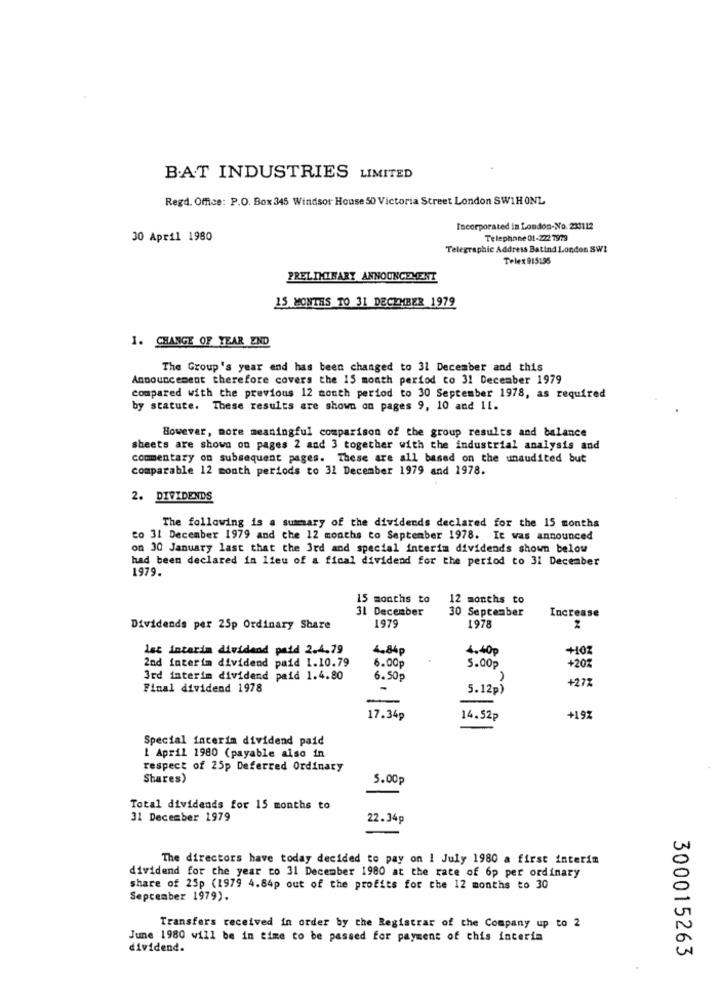
B.AT INDUSTRIES LIMITED
Regd. Office: P.O. Box 345 Windsor House 50 Victoria Street London SW1HONL
Incorporated in London-No. 230112
30 April 1980
Telephone 01-222 7979
Telegraphic Address Batind London SWI
Telex 915196
PRELIMINARY ANNOUNCEMENT
15 MONTHS TO 31 DECEMBER 1979
1. CHANGE OF YEAR END
The Group's year end has been changed to 31 December and this
Announcement therefore covers the 15 month period to 31 December 1979
compared with the previous 12 month period to 30 September 1978, as required
by statute. These results are shown on pages 9, 10 and 11.
However, more meaningful comparison of the group results and balance
sheets are shown on pages 2 and 3 together with the industrial analysis and
commentary on subsequent pages. These are all based on the unaudited but
comparable 12 month periods to 31 December 1979 and 1978.
2. DIVIDENDS
The following is a summary of the dividends declared for the 15 months
to 31 December 1979 and the 12 months to September 1978. It was announced
on 30 January last that the 3rd and special interim dividends shown below
had been declared in lieu of a fical dividend for the period to 31 December
1979.
15 months to
12 months to
31 December
30 September
Increase
Dividends per 25p Ordinary Share
1979
1978
let interim dividend paid 2.4.79
4.84p
4.40p
+10Z
2nd interim dividend paid 1.10.79
+207
6.00
5.00₽
3rd interim dividend paid 1.4.80
6.50p
+27%
Final dividend 1978
5.12p)
-
17.34
14.52₽
+19%
Special interim dividend paid
1 April 1980 (payable also in
respect of 25p Deferred Ordinary
Shares)
5.00p
Total dividends for 15 months to
31 December 1979
22.34p
The directors have today decided to pay on 1 July 1980 a first interim
dividend for the year co 31 December 1980 at the rate of 6p per ordinary
share of 25p (1979 4.84p out of the profits for the 12 months to 30
September 1979).
Transfers received in order by the Registrar of the Company up to 2
June 1980 will be in time to be passed for payment of chis interia
dividend.
300015263